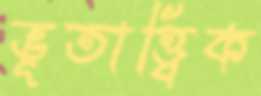
ভূতাত্ত্বিক